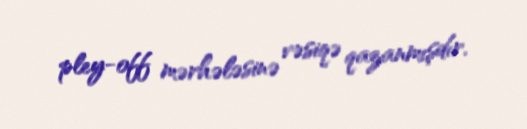
pley-off mərhələsinə vəsiqə qazanmışdır.